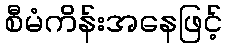
စီမံကိန်းအနေဖြင့်